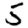
Digit: 5